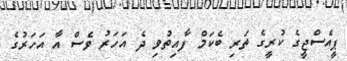
ޕީއެސްޖީގެ ކުރީގެ ތަރި ބެކަމް ފާއިތުވި ދެ އަހަރު ވެސް އާ އަހަރުގެ